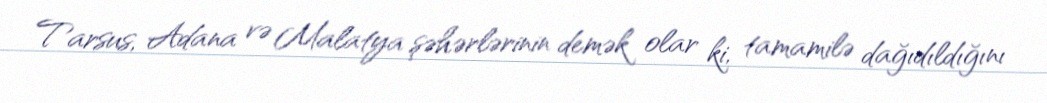
Tarsus, Adana və Malatya şəhərlərinin demək olar ki, tamamilə dağıdıldığını